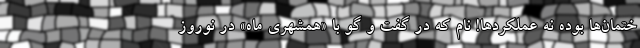
ختمان‌ها بوده نه عملکردها! نام که در گفت و گو با «همشهری ماه» در نوروز